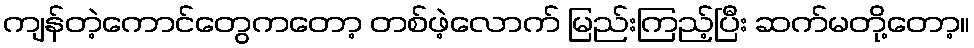
ကျန်တဲ့ကောင်တွေကတော့ တစ်ဖဲ့လောက် မြည်းကြည့်ပြီး ဆက်မတို့တော့။